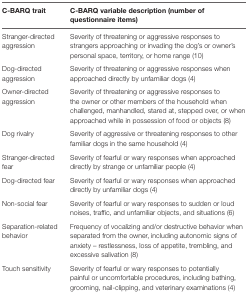
| C-BARQ trait | C-BARQ variable description (number of questionnaire items) |
 | --- | --- |
 | Stranger-directed aggression | Severity of threatening or aggressive responses to strangers approaching or invading the dog’s or owner’s personal space, territory, or home range (10) |
 | Dog-directed aggression | Severity of threatening or aggressive responses when approached directly by unfamiliar dogs (4) |
 | Owner-directed aggression | Severity of threatening or aggressive responses to the owner or other members of the household when challenged, manhandled, stared at, stepped over, or when approached while in possession of food or objects (8) |
 | Dog rivalry | Severity of aggressive or threatening responses to other familiar dogs in the same household (4) |
 | Stranger-directed fear | Severity of fearful or wary responses when approached directly by strange or unfamiliar people (4) |
 | Dog-directed fear | Severity of fearful or wary responses when approached directly by unfamiliar dogs (4) |
 | Non-social fear | Severity of fearful or wary responses to sudden or loud noises, traffic, and unfamiliar objects, and situations (6) |
 | Separation-related behavior | Frequency of vocalizing and/or destructive behavior when separated from the owner, including autonomic signs of anxiety – restlessness, loss of appetite, trembling, and excessive salivation (8) |
 | Touch sensitivity | Severity of fearful or wary responses to potentially painful or uncomfortable procedures, including bathing, grooming, nail-clipping, and veterinary examinations (4) |